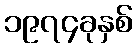
၁၉၇၄ခုနှစ်